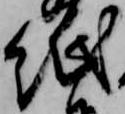
紙